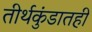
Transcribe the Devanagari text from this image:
तीर्थकुंडातही